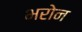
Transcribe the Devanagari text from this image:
भरोन